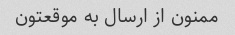
ممنون از ارسال به موقعتون